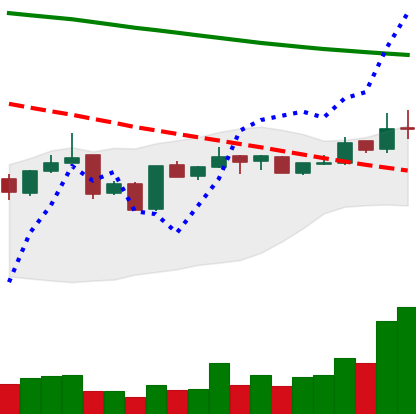
Ticker: BNB-USD
Chart end date: 2019-01-09
Forward return: -7.261%
Label: down_7plus